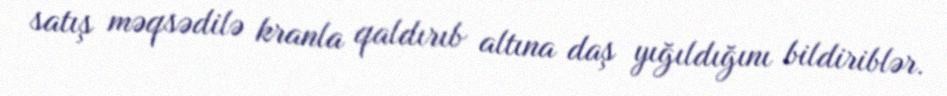
satış məqsədilə kranla qaldırıb altına daş yığıldığını bildiriblər.